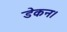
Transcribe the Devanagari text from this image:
डेकन।